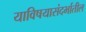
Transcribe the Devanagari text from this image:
याविषयासंदर्भातील